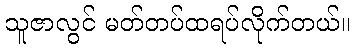
သူဇာလွင် မတ်တပ်ထရပ်လိုက်တယ်။